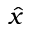
\hat { x }